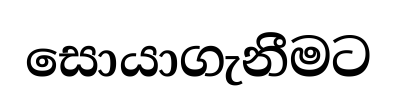
සොයාගැනීමට